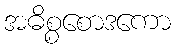
အဓိစ္စစောဒကော